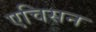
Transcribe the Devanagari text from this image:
एचिसन